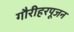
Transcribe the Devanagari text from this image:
गौरीहरपूजन